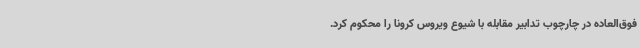
فوق‌العاده در چارچوب تدابیر مقابله با شیوع ویروس کرونا را محکوم کرد.